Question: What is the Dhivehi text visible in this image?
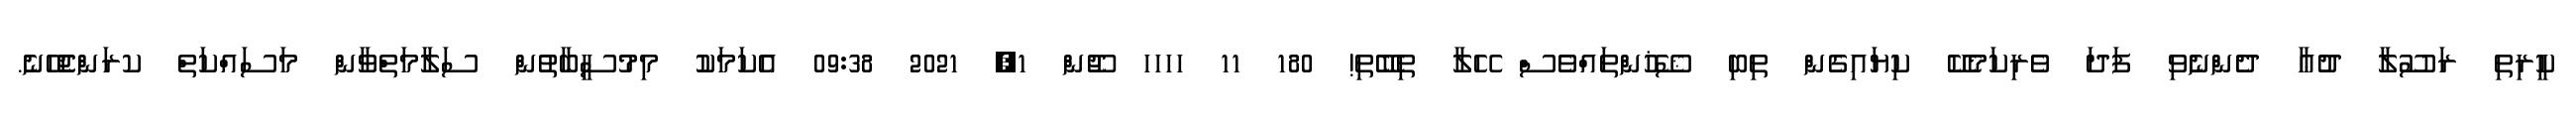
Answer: ކީރިތި ރަސޫލާ ދުޢާ ދެންނެވި ފަދަ ވެރިކަމެކޭ ކިޔައިގެން ތިބި ޝޭޚުންތައްވެސް ހޭލާ ތިބޭތި! 180 11 ހހހހ ޖޫން 1, 2021 09:38 އެކަމަކު މިމުސީބާތުން ސަލާމަތްވާން މަސައްކަތް ކރަންޖެހޭނެ.